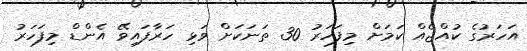
އަހަރުގެ ކުއްޖެއް ކަމަށް މިފަހަރު 30 ތަނަކަށް ވަޅި ހަރާފައިވޭ އެންޑް މިފަހަރު